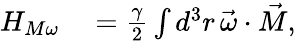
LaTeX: \begin{array}{rl}{H_{M\omega}}&{{}=\frac{\gamma}{2}\int d^{3}r\, \vec{\omega}\cdot\vec{M},}\end{array}